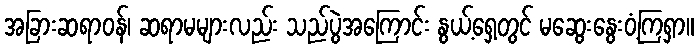
အခြားဆရာဝန်၊ ဆရာမများလည်း သည်ပွဲအကြောင်း နွယ့်ရှေ့တွင် မဆွေးနွေးဝံ့ကြရှာ။